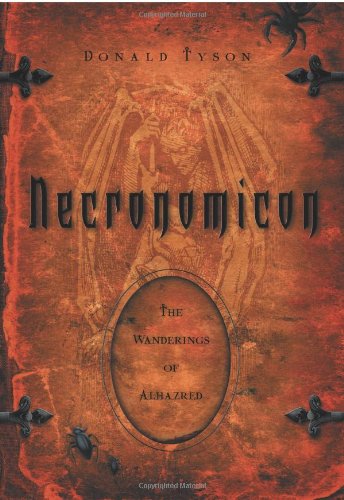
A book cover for Necronomicon: The Wanderings of Alhazred (Necronomicon Series); Donald Tyson; Religion & Spirituality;